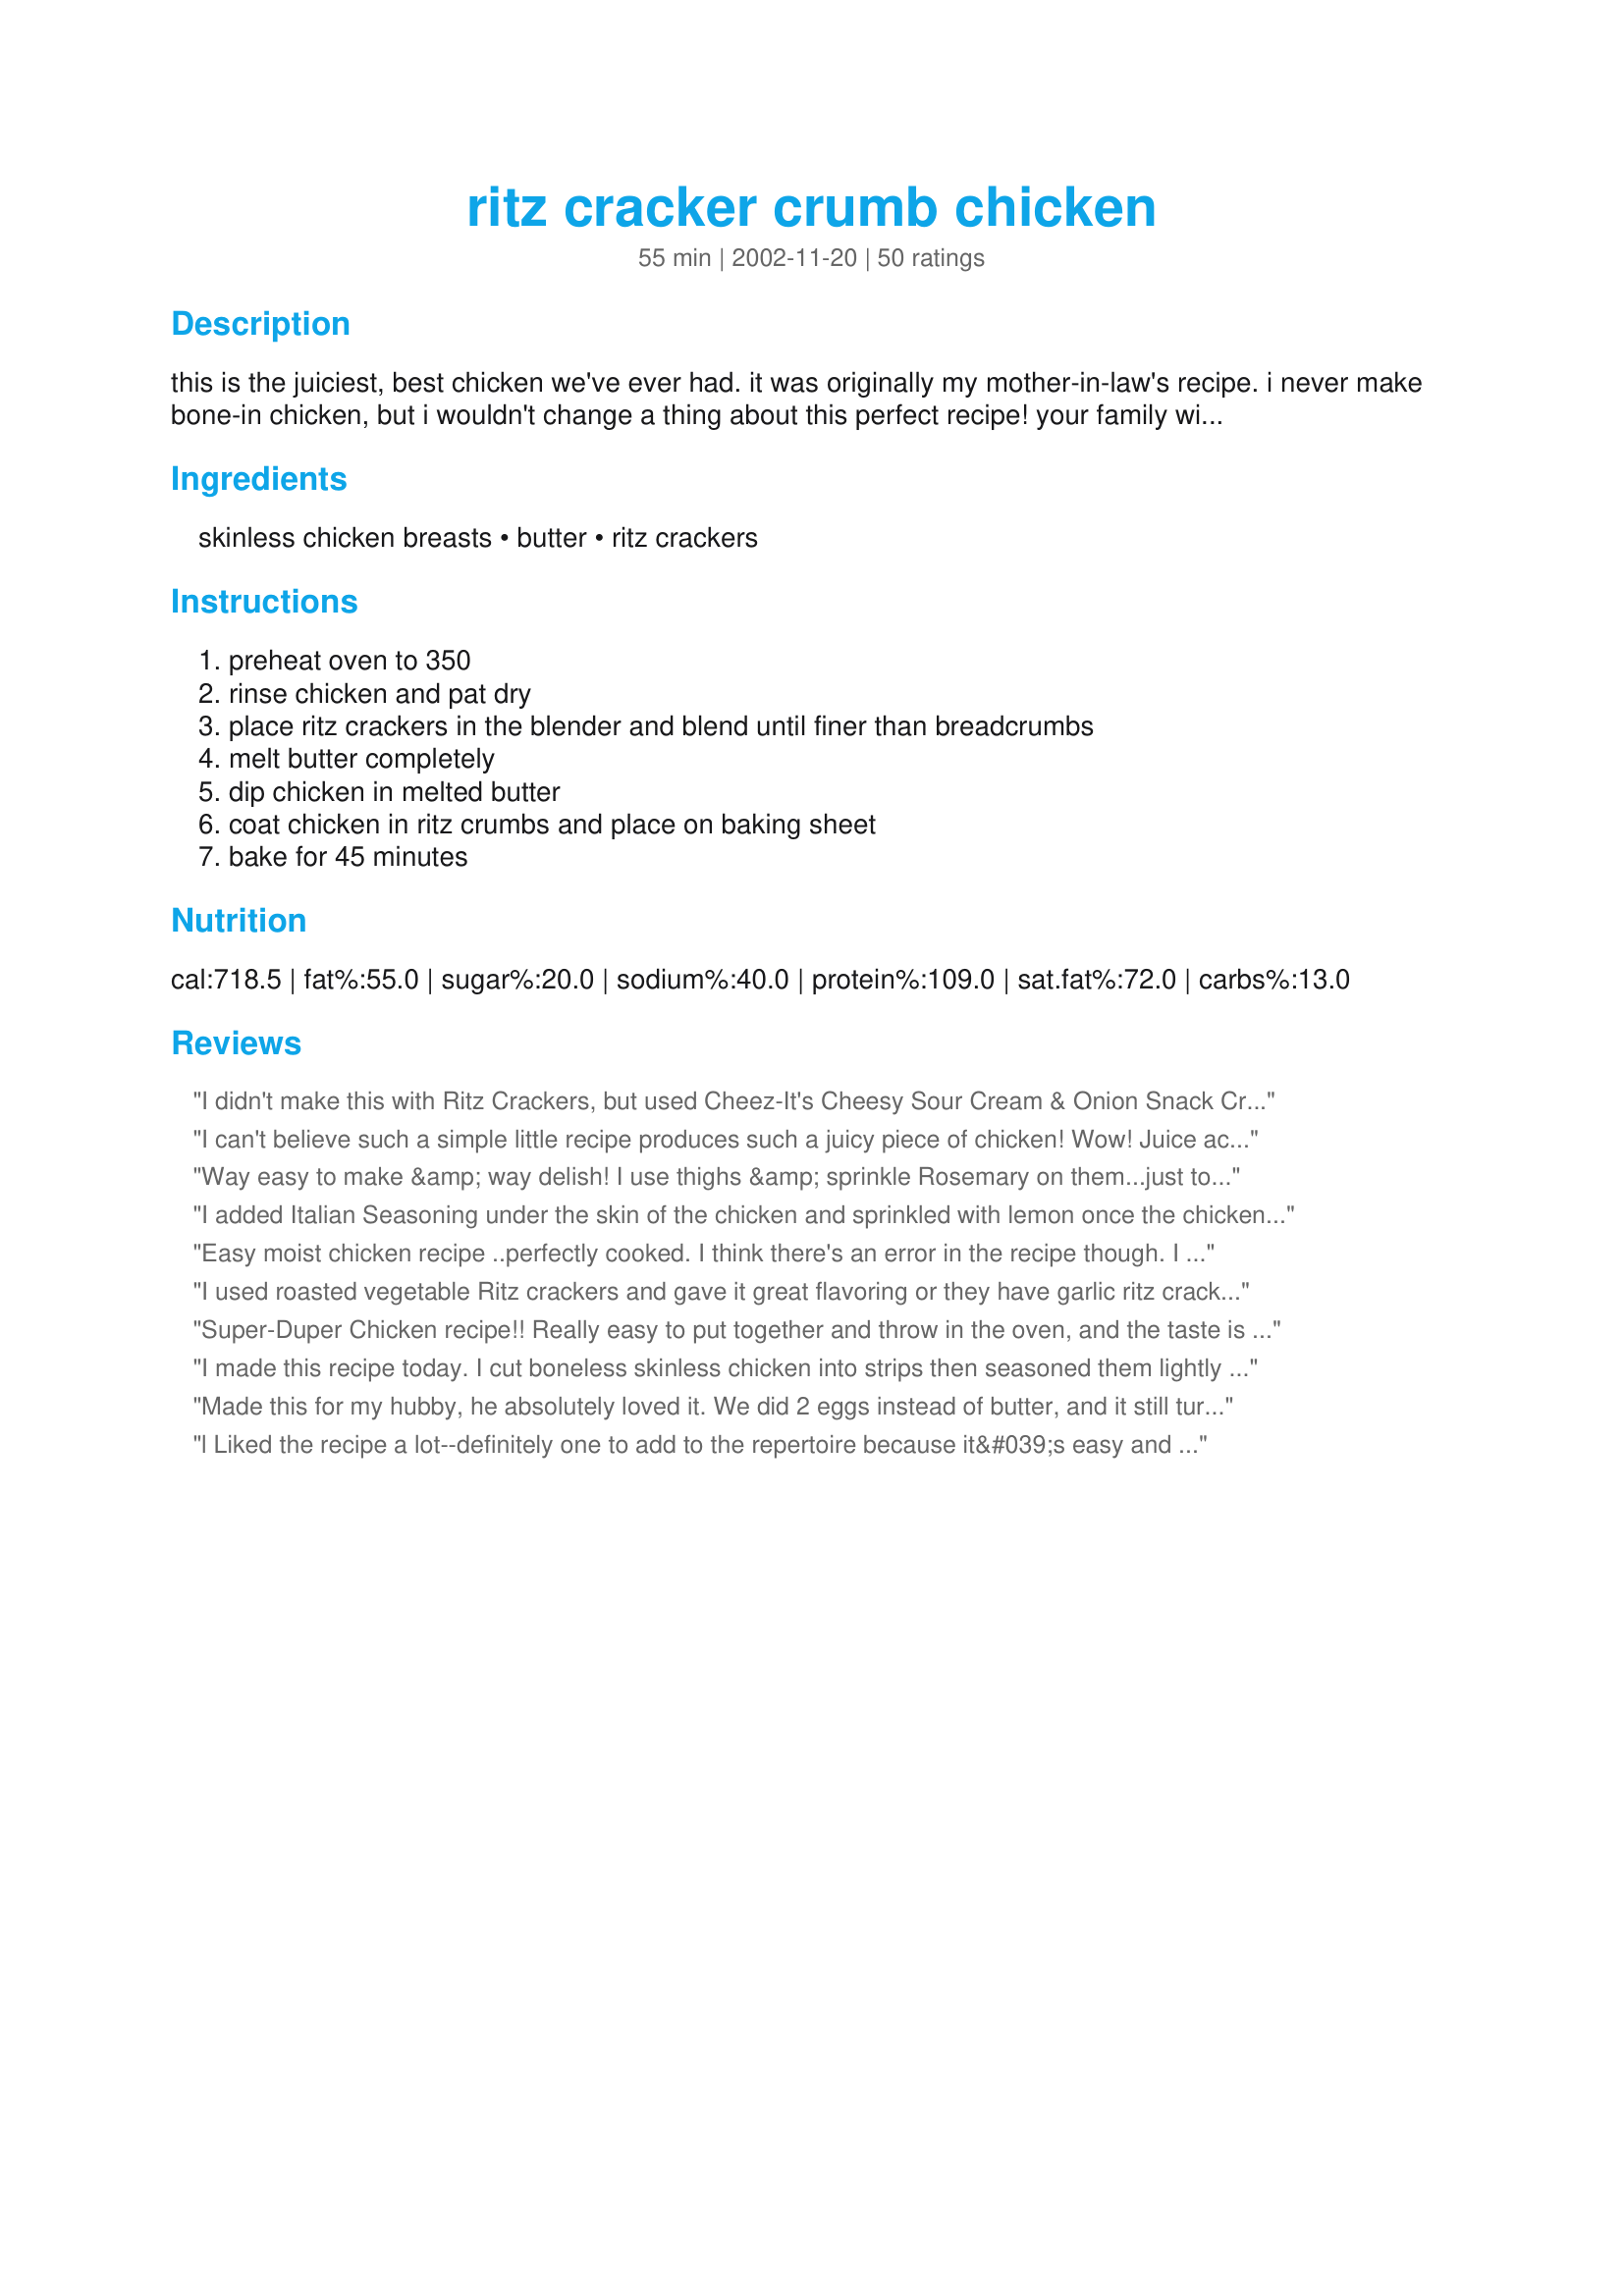
ritz cracker crumb chicken
Preparation time: 55 minutes

this is the juiciest, best chicken we've ever had. it was originally my mother-in-law's recipe. i never make bone-in chicken, but i wouldn't change a thing about this perfect recipe! your family will love it!

Ingredients:
skinless chicken breasts, butter, ritz crackers

Steps:
preheat oven to 350, rinse chicken and pat dry, place ritz crackers in the blender and blend until finer than breadcrumbs, melt butter completely, dip chicken in melted butter, coat chicken in ritz crumbs and place on baking sheet, bake for 45 minutes

Reviews:
I didn't make this with Ritz Crackers, but used Cheez-It's
Cheesy Sour Cream & Onion Snack Crackers, but it still tasted bland, and I had also salted and peppered the chicken before hand. Thank heavens for Hidden Valley's Original Ranch btld. Salad Dressing. I dipped pieces of it in the dressing. "Yum"! Since I had used 4 large sized pcs. ( totally 3 lbs. ) of chicken breasts for this recipe, I baked mine for 50 minutes. This recipe makes for very moist chicken breasts, but it does need quite a bit of seasoning, to give it flavor. I would suggest adding 1 packet of Hidden Valley's Original Ranch
Salad Dressing & Seasoning Mix. Next time, I will try the Garlic Flavored Ritz Crackers, along with 1/2 envelope ( 1 Tbsp. ) Garlic Salad Dressing Mix.
I can't believe such a simple little recipe produces such a juicy piece of chicken! Wow! Juice actually ran out of the chicken with several bites. I was literally amazed.
I used 3 tablespoons of butter for 3 chicken breasts and two sleeves of garlic Ritz. I tasted the crumbs and thought they needed a little something, so I added a small amount of garlic powder and parsley flakes for color, along with a small amount of salt & cracked black pepper.
I guess it's the coating that makes the chicken so tender, but whatever it is, this recipe is a real winner - my husband adored this recipe. Thank you for sharing, it's a keeper!
Way easy to make &amp; way delish! I use thighs &amp; sprinkle Rosemary on them...just to give them a kick. :) &lt;br/&gt;&lt;br/&gt;Side Suggestions: Loaded sweet potatoes &amp; garden salad.
I added Italian Seasoning under the skin of the chicken and sprinkled with lemon once the chicken was covered with cracker crumbs. Really REALLY good chicken!
Easy moist chicken recipe ..perfectly cooked. I think there's an error in the recipe though. I think 1 - 1 1/2 pkgs of Ritz Crackers would have sufficed. I had 6 bone-in chicken breasts, and I had to throw away a tremendous amount of cracker crumbs. My advice is grind us less and see what you need.

I used roasted vegetable Ritz crackers and gave it great flavoring or they have garlic ritz crackers!! Winner in my family!!
Super-Duper Chicken recipe!!
Really easy to put together and throw in the oven, and the taste is Heavenly! We thoroughly enjoyed every bite!
I used bone-in thighs, so baked them about 15 or so minutes longer than the recommended 45 min. called for in the directions.
An absolute winner!
Thanks so much for sharing, Allie-Pie.
Laudee C.
I made this recipe today. I cut boneless skinless chicken into strips then seasoned them lightly with salt, black pepper and garlic powder (I only seasoned just one side). I figure the Ritz Crackers gives it flavor. I dipped the chicken pieces into melted butter (melted in the microwave, quick n&#039; easy) and then dredged in crushed Ritz Crackers. These strips baked up nice. Took about 35 min. I had sprayed the baking sheet with cooking spray first so they did not stick. We feasted on these with BBQ sauce. Only problem? I wish I made more! Yum.
Made this for my hubby, he absolutely loved it. We did 2 eggs instead of butter, and it still turned out great!
l Liked the recipe a lot--definitely one to add to the repertoire because it&#039;s easy and good. A few improvements for me and my family: I would like this a lot more with smaller pieces of chicken, and I thought it was a bit bland, so I&#039;ll definitely add some salt and other spices.
I have made this before but instead of dipping the chicken in the melted butter, I dipped it in ranch dressing, and then dipped it in crumbs. My kids love to help smash the crackers in ziploc bags. My family really liked this.
This was very good and pretty easy! We just moved so I don't have all the equipment I need to follow recipe properly (until the movers bring our stuff!) so I made this on the stove top using another brand of crackers. I cut down on the butter and added a little oil, plus seasoned with salt and some "Arizona Rub" we picked up while visiting the Grand Canyon. And it was a hit! Loved it! Yum!
This is a wonderful and much easier version of my own "Company Food" rolled chicken. Thanks so much for making my life easier.
I didn't have chicken breasts, only frozen breast tenders so I used them for this recipe. They turned out so crispy and we thoroughly enjoyed them. Good recipe, a keeper for something quick.
WOW!!!! So easy. I have never made such easy, good chicken. I used boneless skinless tenders and they were heavenly. So moist and w/ a great flavor.I put a little tabasco in the butter, and some season salt in the crackers. The combination of the butter and the crackers.......mmmmmm good.!!!!
This chicken was very excellent! I made 3 skinless bone in breasts, used 1/2 stick butter and 2 sleeves of crackers blended in the blender. This was the most moist chicken I've ever made. When I cut it, the juice dripped out, it was wonderful. My 11 year old loved it the most. I did not have to add any salt or pepper at all either. Just perfect. I will try this with boneless, and nuggets too. Thanks!
I thought I had to try this just because you get a main dish out of 3 ingredients. Boy, am I glad I did. So juicy, so tasty, not too salty, nothing missing, so easy, and did I mention how juicy it is? By the way, I used boneless chicken breasts, and yes, they were still very juicy. Thanks for a great recipe.
I was leary that there were no spices for this but the taste was just great. This is easy to make, nothing fancy, and so, so juicy and tender (I tend toward dry chicken so this was a pleasant treat).
This chicken was really moist and yummy. Next time I make these, I think that I will try making them into chicken sandwiches. They were so good! Thanks Allie-Pie!
Excellent! We made this tonight using boneless chicken breasts. Everyone's right-it's totally tender and juicy! Since the Ritz Crackers are so buttery on their own, I took Lakerdog2's advice and dipped the chicken breasts into Ranch dressing instead. Delicious! Thank you!
Quick and easy. Perfect for those busy week nights
A very easy recipe, with a great outcome. The chicken was some of the juiciest I have ever tasted and even fell apart in some places. I did not have any Ritz crackers, but the ones I did had seemed to do the trick. I would like to try it again with Ritz crackers as I think they would turn into finer crumbs. As well, some people suggest using flavoured Ritz crackers. Would also work nicely with a sauce. I ate the last half with Ranch and it tasted even better. I might consider trying this with another recipe I had for Ranch chicken and substituting the bread crumbs for Ritz crackers.
Wonderful !!! Very easy recipe with great results... crunchy, moist & tender !!! 



Allie-Pie, you are the sleeper hit of Zaar '04. This chicken was awesome. I used the garlic butter Ritz, and unsalted butter, so I found I needed to salt it as I ate it. Since I use unsalted butter I will add salt to the cracker crumbs next time. I did use the bone-in breasts .... bone-in chicken is very underrated and should be used more often. Thanks so much! It will definitely become a staple of mine!
If I need to use up Ritz crackers.... otherwise I'll stick to panko, cornflake crumbs or flour/herb mixture.
I tried this last night and the chicken came out very moist and tasty. I followed the recipe and added garlic powder to the melted butter for a little more flavor. I also baked at 375º since the chicken was rather thick and I didn't pound it thinner. I did cook 15 minutes on each side and it was nicely done. Thank you for posting!
This is pretty good. I smashed up my ritz in a sandwich bag, and added garlic powder and pepper. Cooked for about 40 min at 375, my chicken breasts were thick. The only thing I didn't like is the bottom of my chicken was soggy.
Wonderful recipe! Just so easy to make and the chicken is juicy and tender and so very tasty!! We love the flavor the ritz and butter gives the chicken after baked. YUM! I know this will be a regular in our house. Thank you so much for sharing your mother-n-laws recipe. Its wonderful!
Our family has enjoyed this several times--whether it be b/s chicken breast or pork chops, it always turns out fabulous! A month or two ago we made chicken bites (chicken nuggets) with it, I was actually coming on to read my review about it to remember how long we&#039;d baked them for...but apparently I didn&#039;t post a review. I&#039;ll try to remember to update when we sort out the best baking temp/time.
This is wonderful. So nice and crispy. The flavor is so buttery tasting. Give it a try. I know you will love it. Thanks for sharing.
Both me and my husband enjoyed this. It was a great easy work day meal.
I made this using boneless chicken strips, so delicious! It was just for me and my husband, so I used less butter and less Ritz crackers. I put the Ritz in a plastic bag and rolled them with a bottle of water.
WOW!!!! This is going to be a recipe I am going to make over and over again. I used 3 boneless chicken breasts, 1/2 cup butter and 2 packages of garlic butter ritz crackers. No additional seasons needed. My 11 year old said if he were grading this in school it would be an A+, and it was a definate keeper. Thank you Allie-Pie for sharing this wonderfully simple recipe.
What a great recipe! I've made it twice already. Thank you for posting it.
Very delicious recipe. I hadn't ever seen the Garlic Ritz until mentioned in this recipe. I think they added just the right amount of flavor. The chicken was moist and yummy! I used boneless/skinless breasts. Thanks for sharing!
I did this with a half a tube of crackers and 2 boneless skinless boobs. Great recipe. Chicken was tender and juicy and the coating was delicious. Great easy little dish!
I made this a long time ago and failed to review this great recipe. It is so easy and flavorful. My husband loves chicken legs, so I did legs instead of breasts. There were no left overs here!
This is the standard recipe I use for my "fried" chicken. We use bone in pieces and it works wonderful. Like other reviewers, I usually season up the crumbs before coating the chicken. Try using grated parmasean cheese, italian seasonings, seasoned salt, or garlic salt, or a combination of a few to change it up a bit!
Delicious, delicous, deicous, just delicious...Thank you so much for sharing your wonderful recipe IMB. We enjoyed this dish so much, juicy moist chicken with a lovely crisp coating...who knew ritz crackers could be so good. 
I've been making this chicken alot since I first reviewed it, for a change I add garlic salt, thyme and red pepper flakes to kick it up.
Easy to make and the chicken turned out moist with a tasty coating. I agree with one of the other posters about the amount of crackers needed. I had 4 very large breasts with bone in and only used 1 2/3 packages of crackers and had plenty left over.
very moist. i used bnls breasts and i used the butter and garlic ritz crackers and it added such a great garlic taste. these were very good. thanks allie
Kids loved it! I used 3 pkgs Ritz garlic and butter crackers, 12 boneless skinless thighs and 6 chicken breasts (we had guests). For this amount chicken I needed 2 cubes butter. Very moist, especially the thighs. I am a garlic freak so next time I may add a little garlic powder and salt. One of my daughters suggested making breast strips with this recipe and dipping in ranch dressing. I will use this recipe over and over for weeknight cooking. Thanks
Extremely easy! I used 4 boneless skinless chix breast and baked at 350 for 30 min. I used 1 long sleeve of ritz(sorry did not count the crackers!) and slightly less then a stick of butter. Chicken was extremely moist and that goes a long way in this house! Husband even liked it! Will definitely make again - Thank you for posting!
Great flavor and very moist. I just wish it came out a little crispier.
This was so easy to put together and the taste was really good. The chicken was very moist. Thanks for posting this recipe!
I grew up with my grandmother making this and it NEVER lets me down!!! The juiciest most tender chicken you will ever eat. Side note....you can use Olive Garden salad dressing instead of butter or oil and it adds a fantastic flavor!!! Great memories!!!!
Thank you for a very nice chicken recipe. The next time I make it I think I will use the garlic herb crackers but even with plain Ritz it was very tasty.
Very easy to make and it doesn&#039;t take a lot of time. Both of my picky eaters (Zac 3yo, Lily 20mo) ate all of their chicken. I will definitely make this again.
I used boneless, skinless breasts because that was all I had on hand. Got home SUPER late that night too, so to speed up cooking time, I cut the breasts into strips, then coated in Ritz (I skipped the butter and dipped the strips in low fat ranch dressing instead.) EVERYONE LOVED this! So juicy and so yummy! Thanks!
This chicken was incredibly moist and tender. We liked the flavour, however I just dont feel it was good enough to warrant eating all that fat and calories. If you arent watching your diet, it is a simple and delicious recipe. If you are concerned about fat, I just feel it wasnt outstanding enough to make me want to waste that many points (ww term).
